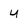
Character: u